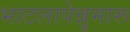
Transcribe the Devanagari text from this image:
भाटलापेन्नुमारू